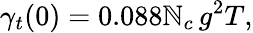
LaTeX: \gamma_{t}(0)=0.088\mathbb{N}_{c}\, g^{2}T,